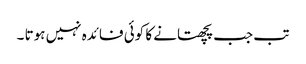
تب جب پچھتانے کا کوئی فائدہ نہیں ہوتا ۔